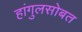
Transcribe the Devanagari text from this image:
हांगुलसोबत